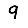
Digit: 9